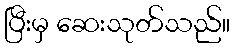
ပြီးမှ ဆေးသုတ်သည်။